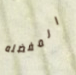
المفضله